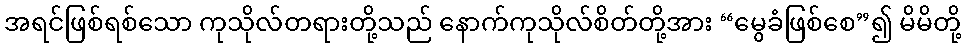
အရင်ဖြစ်ရစ်သော ကုသိုလ်တရားတို့သည် နောက်ကုသိုလ်စိတ်တို့အား “မွေခံဖြစ်စေ”၍ မိမိတို့